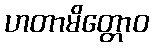
ဟတာမိတ္တောဝ